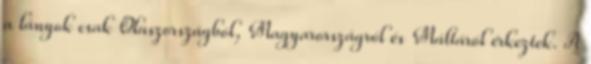
a lányok csak Olaszországból, Magyarországról és Máltáról érkeztek. A